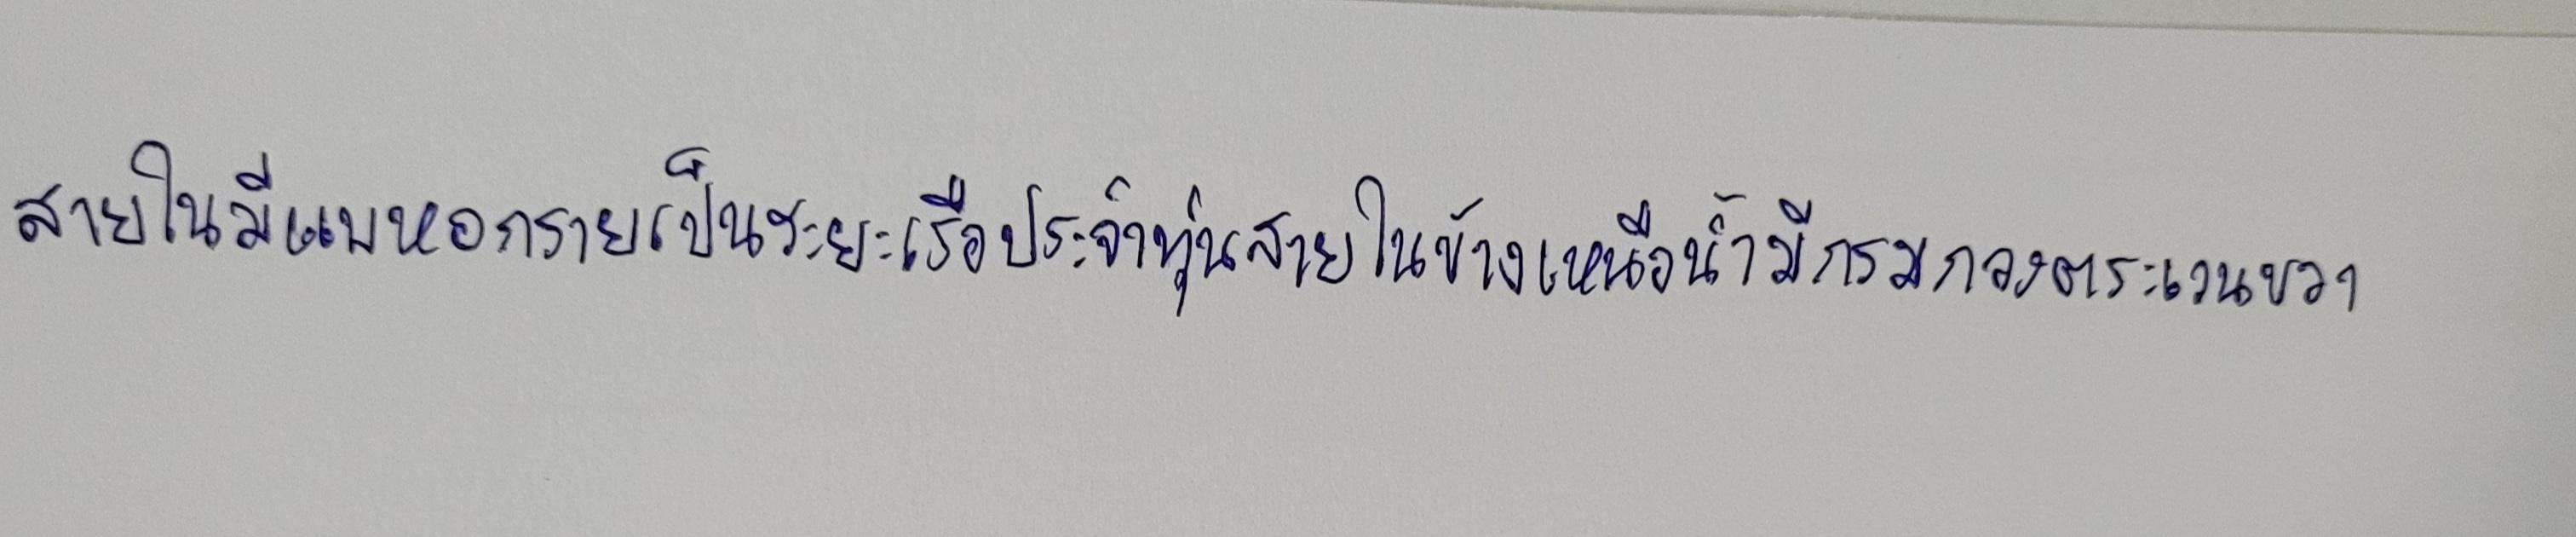
สายในมีแพหอกรายเป็นระยะเรือประจำทุ่นสายในข้างเหนือน้ำมีกรมกองตระเวนขวา